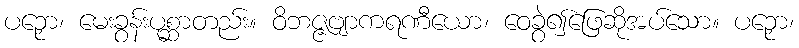
ပဉှော၊ မေးခွန်းပုစ္ဆာတည်း။ ဝိဘဇ္ဇဗျာကရဏီယော၊ ဝေခွဲ၍ဖြေဆိုအပ်သော။ ပဉှော၊